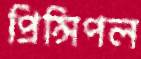
প্রিন্সিপল